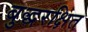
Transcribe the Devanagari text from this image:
बुद्धरक्षित